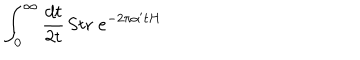
\int _ { 0 } ^ { \infty } \frac { d t } { 2 t } \, \mathrm { S t r } \; e ^ { - 2 \pi \alpha ^ { \prime } t H }